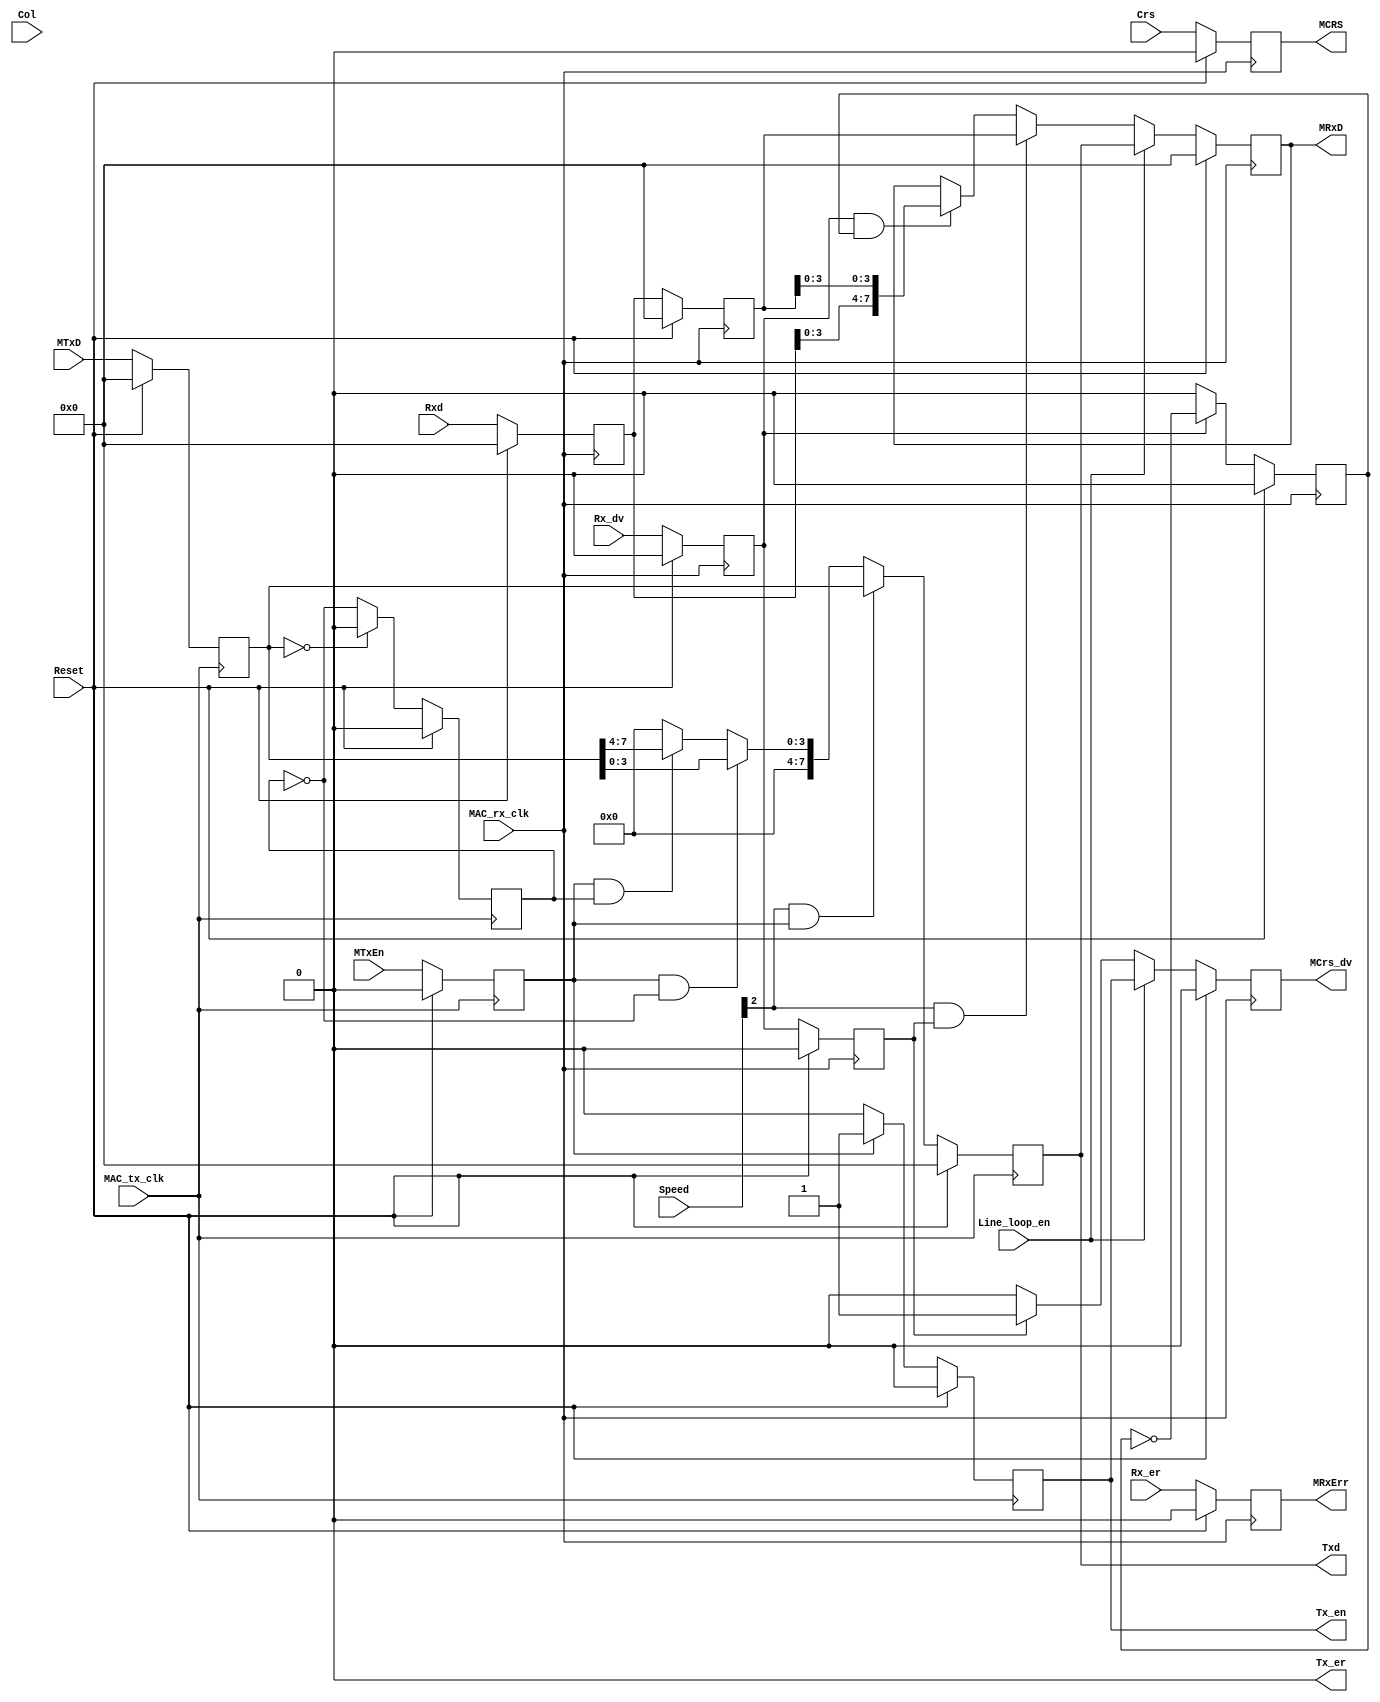
//////////////////////////////////////////////////////////////////////
////                                                              ////
////  Phy_int.v                                                   ////
////                                                              ////
////  This file is part of the Ethernet IP core project           ////
////  http://www.opencores.org/projects.cgi/web/ethernet_tri_mode/////
////                                                              ////
////  Author(s):                                                  ////
////      - Jon Gao (gaojon@yahoo.com)                            ////
////                                                              ////
////                                                              ////
//////////////////////////////////////////////////////////////////////
////                                                              ////
//// Copyright (C) 2001 Authors                                   ////
////                                                              ////
//// This source file may be used and distributed without         ////
//// restriction provided that this copyright statement is not    ////
//// removed from the file and that any derivative work contains  ////
//// the original copyright notice and the associated disclaimer. ////
////                                                              ////
//// This source file is free software; you can redistribute it   ////
//// and/or modify it under the terms of the GNU Lesser General   ////
//// Public License as published by the Free Software Foundation; ////
//// either version 2.1 of the License, or (at your option) any   ////
//// later version.                                               ////
////                                                              ////
//// This source is distributed in the hope that it will be       ////
//// useful, but WITHOUT ANY WARRANTY; without even the implied   ////
//// warranty of MERCHANTABILITY or FITNESS FOR A PARTICULAR      ////
//// PURPOSE.  See the GNU Lesser General Public License for more ////
//// details.                                                     ////
////                                                              ////
//// You should have received a copy of the GNU Lesser General    ////
//// Public License along with this source; if not, download it   ////
//// from http://www.opencores.org/lgpl.shtml                     ////
////                                                              ////
//////////////////////////////////////////////////////////////////////
//                                                                    
// CVS Revision History                                               
//                                                                    
// $Log: not supported by cvs2svn $
// Revision 1.3  2005/12/16 06:44:14  Administrator
// replaced tab with space.
// passed 9.6k length frame test.
//
// Revision 1.2  2005/12/13 12:15:36  Administrator
// no message
//
// Revision 1.1.1.1  2005/12/13 01:51:44  Administrator
// no message
// 

module Phy_int #(
	parameter GIGEN = 1
)(
Reset               ,
MAC_rx_clk          ,
MAC_tx_clk          ,
//Rx interface      ,
MCrs_dv             ,
MRxD                ,
MRxErr              ,
//Tx interface      ,
MTxD                ,
MTxEn               ,
MCRS                ,
//Phy interface     ,
Tx_er               ,
Tx_en               ,
Txd                 ,
Rx_er               ,
Rx_dv               ,
Rxd                 ,
Crs                 ,
Col                 ,
//host interface    ,
Line_loop_en        ,
Speed               

);
input           Reset               ;
input           MAC_rx_clk          ;
input           MAC_tx_clk          ;
                //Rx interface
output          MCrs_dv             ;       
output  [7:0]   MRxD                ;       
output          MRxErr              ;       
                //Tx interface
input   [7:0]   MTxD                ;
input           MTxEn               ;   
output          MCRS                ;
                //Phy interface
output          Tx_er               ;
output          Tx_en               ;
output  [7:0]   Txd                 ;
input           Rx_er               ;
input           Rx_dv               ;
input   [7:0]   Rxd                 ;
input           Crs                 ;
input           Col                 ;
                //host interface
input           Line_loop_en        ;
input   [2:0]   Speed               ;
//******************************************************************************
//internal signals                                                              
//******************************************************************************
reg     [7:0]   MTxD_dl1            ='h0;
reg             MTxEn_dl1           ='h0;
reg             Tx_odd_data_ptr     ='h0;  
reg             Rx_odd_data_ptr     ='h0;
reg             Tx_en               ='h0;
reg     [7:0]   Txd                 ='h0;
reg             MCrs_dv             ='h0;
reg     [7:0]   MRxD                ='h0;
reg             Rx_er_dl1           ='h0;
reg             Rx_dv_dl1           ='h0;
reg             Rx_dv_dl2           ='h0;
reg     [7:0]   Rxd_dl1             ='h0;
reg     [7:0]   Rxd_dl2             ='h0;
reg             Crs_dl1             ='h0;
reg             Col_dl1             ='h0;
//******************************************************************************
//Tx control                                                              
//******************************************************************************
//reg boundery signals
always @ (posedge MAC_tx_clk )
    if (Reset)
        begin
        MTxD_dl1            <=0;
        MTxEn_dl1           <=0;
        end  
    else
        begin
        MTxD_dl1            <=MTxD  ;
        MTxEn_dl1           <=MTxEn ;
        end 
     
always @ (posedge MAC_tx_clk )
    if (Reset)   
        Tx_odd_data_ptr     <=0;
    else if (!MTxD_dl1)
        Tx_odd_data_ptr     <=0;
    else 
        Tx_odd_data_ptr     <=!Tx_odd_data_ptr;
        

always @ (posedge MAC_tx_clk )
    if (Reset)  
        Txd                 <=0;
    else if(Speed[2]&&MTxEn_dl1)
        Txd                 <=MTxD_dl1;
    else if(MTxEn_dl1&&!Tx_odd_data_ptr)
        Txd                 <={4'b0,MTxD_dl1[3:0]};
    else if(MTxEn_dl1&&Tx_odd_data_ptr)
        Txd                 <={4'b0,MTxD_dl1[7:4]};
    else
        Txd                 <=0;

always @ (posedge MAC_tx_clk )
    if (Reset)  
        Tx_en               <=0;
    else if(MTxEn_dl1)
        Tx_en               <=1;    
    else
        Tx_en               <=0;

assign Tx_er=0;

//******************************************************************************
//Rx control                                                              
//******************************************************************************
//reg boundery signals
always @ (posedge MAC_rx_clk )
    if (Reset)  
        begin
        Rx_er_dl1           <=0;
        Rx_dv_dl1           <=0;
        Rx_dv_dl2           <=0 ;
        Rxd_dl1             <=0;
        Rxd_dl2             <=0;
        Crs_dl1             <=0;
        Col_dl1             <=0;
        end
    else
        begin
        Rx_er_dl1           <=Rx_er     ;
        Rx_dv_dl1           <=Rx_dv     ;
        Rx_dv_dl2           <=Rx_dv_dl1 ;
        Rxd_dl1             <=Rxd       ;
        Rxd_dl2             <=Rxd_dl1   ;
        Crs_dl1             <=Crs       ;
        Col_dl1             <=Col       ;
        end     

assign MRxErr   =Rx_er_dl1      ;
assign MCRS     =Crs_dl1        ;

always @ (posedge MAC_rx_clk )
    if (Reset)  
        MCrs_dv         <=0;
    else if(Line_loop_en)
        MCrs_dv         <=Tx_en;
    else if(Rx_dv_dl2)
        MCrs_dv         <=1;
    else
        MCrs_dv         <=0;

always @ (posedge MAC_rx_clk )
    if (Reset)   
        Rx_odd_data_ptr     <=0;
    else if (!Rx_dv_dl1)
        Rx_odd_data_ptr     <=0;
    else 
        Rx_odd_data_ptr     <=!Rx_odd_data_ptr;
        
always @ (posedge MAC_rx_clk )
    if (Reset)  
        MRxD            <=0;
    else if(Line_loop_en)
        MRxD            <=Txd;
    else if(Speed[2]&&Rx_dv_dl2)
        MRxD            <=Rxd_dl2;
    else if(Rx_dv_dl1&&Rx_odd_data_ptr)
        MRxD            <={Rxd_dl1[3:0],Rxd_dl2[3:0]};
    
endmodule